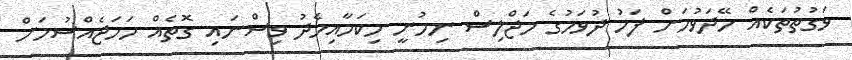
ވަގުތުތަކެއް ހޭދަވުމަށް ފަހު ދުވަހުގެ މަޖްލިސް ނިމުނީ މިކަމާއިމެދު ވިސްނައި ގޮތެއް ހަމަޖެއްސުމަށް